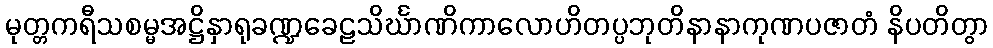
မုတ္တကရီသစမ္မအဋ္ဌိနှာရုခဏ္ဍခေဠသိင်္ဃာဏိကာလောဟိတပ္ပဘုတိနာနာကုဏပဇာတံ နိပတိတွာ